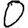
Digit: 0